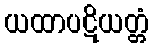
ယထာပဋိယတ္တံ